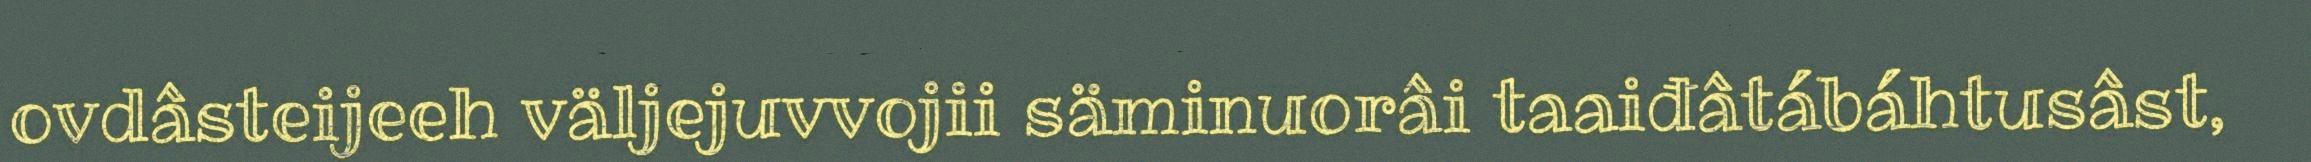
ovdâsteijeeh väljejuvvojii säminuorâi taaiđâtábáhtusâst,